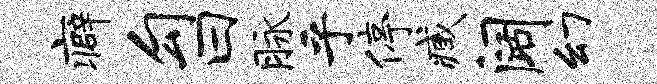
癖勾曰脉乎停臧阔幻